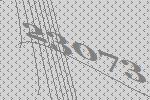
23073